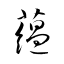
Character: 蘊